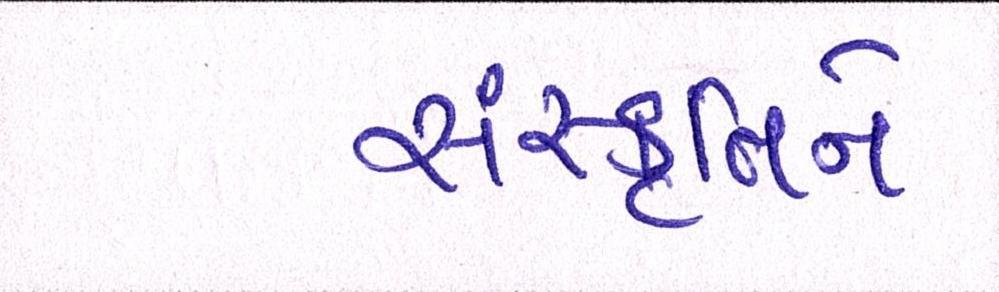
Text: સંસ્કૃતિને